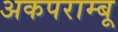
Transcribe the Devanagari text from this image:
अकपराम्बू